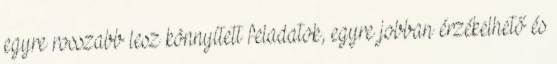
egyre rosszabb lesz könnyített feladatok, egyre jobban érzékelhető és